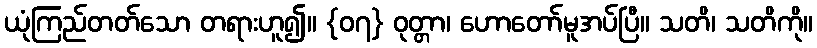
ယုံကြည်တတ်သော တရားဟူ၍။ {၀၇} ဝုတ္တာ၊ ဟောတော်မူအပ်ပြီ။ သတိ၊ သတိကို။